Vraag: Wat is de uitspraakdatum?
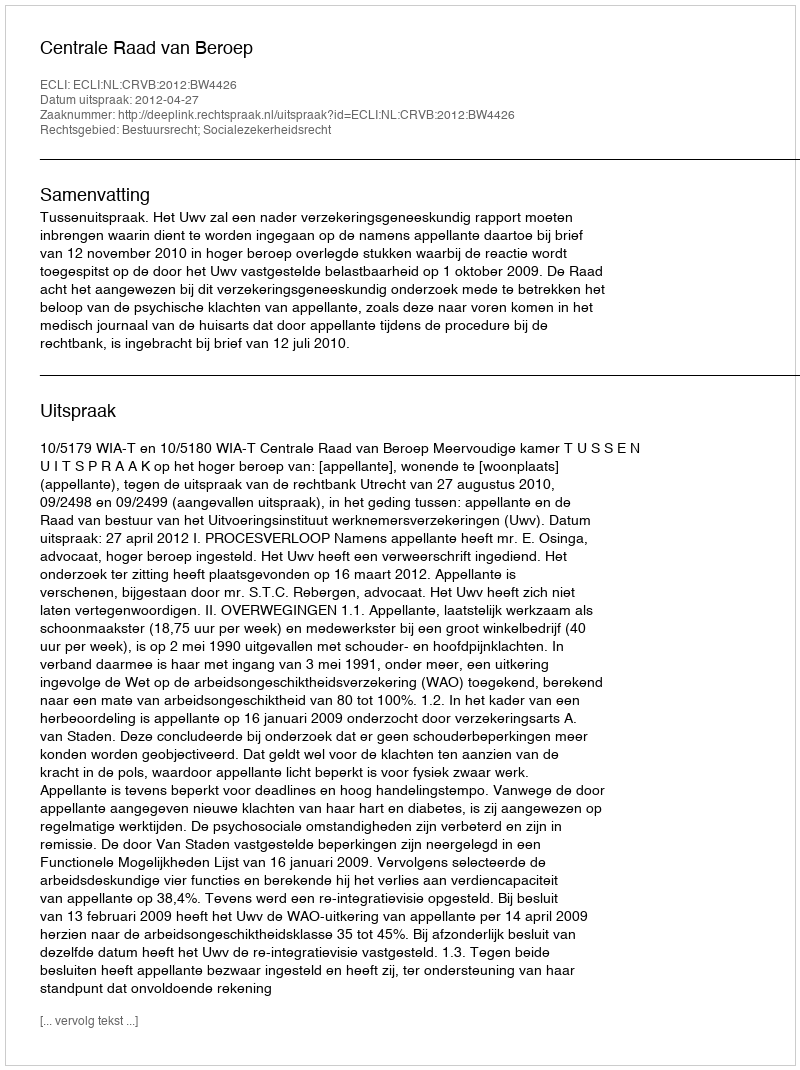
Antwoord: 2012-04-27